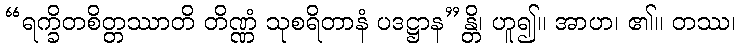
“ရက္ခိတစိတ္တဿာတိ တိဏ္ဏံ သုစရိတာနံ ပဒဋ္ဌာန”န္တိ၊ ဟူ၍။ အာဟ၊ ၏။ တဿ၊